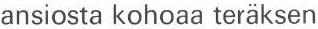
ansiosta kohoaa teräksen